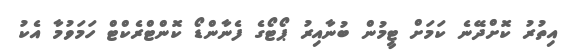
އިތުރު ކޮށްދޭނެ ކަމަށް ޓީމުން ބުނާއިރު ޕޯޓޯގެ ފެނާންޑޯ ކޮންޓްރެކްޓް ހަމަވުމާ އެކު